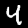
Label: 4